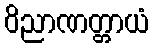
ဝိညာဏတ္တာယံ